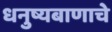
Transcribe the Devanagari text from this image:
धनुष्यबाणाचे